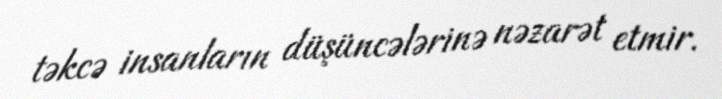
təkcə insanların düşüncələrinə nəzarət etmir.